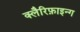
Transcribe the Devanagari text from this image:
क्लैरिफ़ाइन्ग